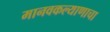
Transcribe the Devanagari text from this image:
मानवकल्याणाचा